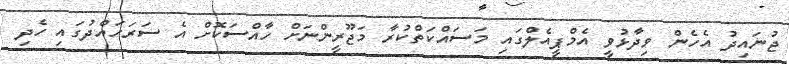
ޖުނައިދު އެހެން ވިދާޅުވީ އެމްޕީއެލްގައި މަސައްކަތްކުރާ މަޖޫރީންނަށް ހާއްސަކޮށް އެ ސަރަހައްދުގައި ހެދި